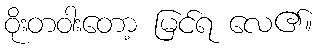
ဝိုးတဝါးတော့ မြင်ရ လေ၏။